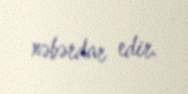
xəbərdar edir.